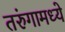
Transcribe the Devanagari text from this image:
तरुंगामध्ये